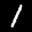
Label: 1